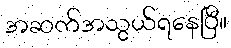
အဆက်အသွယ်ရနေပြီ။